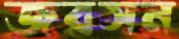
জবসন